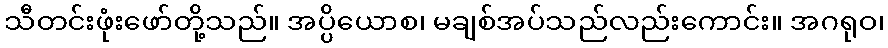
သီတင်းဖုံးဖော်တို့သည်။ အပ္ပိယောစ၊ မချစ်အပ်သည်လည်းကောင်း။ အဂရုဝ၊